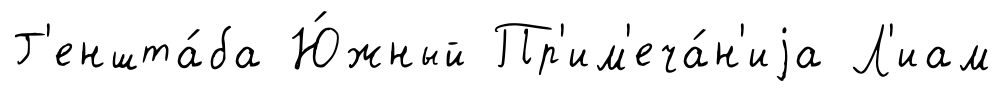
Г'еншта́ба Ю́жный Пр'им'еча́н'иjа Л'иам